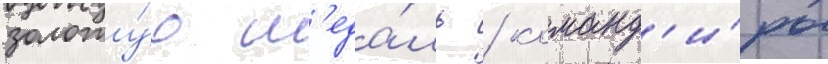
золоту́ю м'еда́ль / команд'и́ры